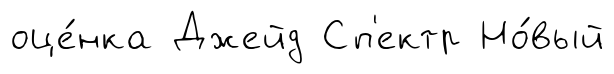
оце́нка Джейд Сп'ектр Но́вый